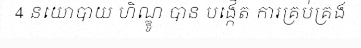
4 នយោបាយ ហិណ្ឌូ បាន បង្កើត ការគ្រប់គ្រង